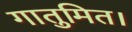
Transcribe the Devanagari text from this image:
गातुमित।